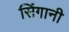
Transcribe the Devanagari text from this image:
सिंगानी